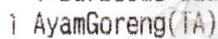
1 AYAMGORENG(TA)